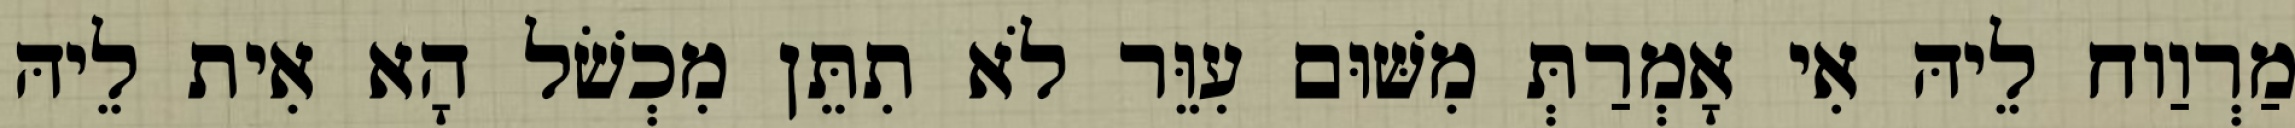
מַרְוַוח לֵיהּ אִי אָמְרַתְּ מִשּׁוּם עִוֵּר לֹא תִתֵּן מִכְשֹׁל הָא אִית לֵיהּ